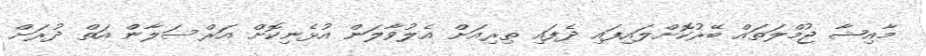
މާއިޝާ ޖުމްލަތައް ބޭރުކޮށްލައިފައި ދެފައި ތިރިއަށް އެލުވާލަން އުޅެނިކޮށް އަރްސަލާން އަތް ދުރަށް